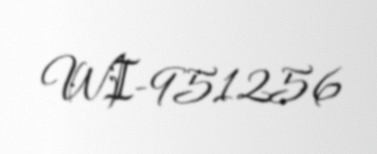
WI-951256